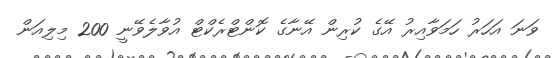
ވަނަ އަހަރު ހަމަވާއިރު އޭގެ ކުރިން އޭނާގެ ކޮންޓްރެކްޓް އުވާލެވޭނީ 200 މިލިއަން